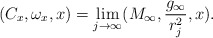
\begin{align*}(C_x,\omega_x,x)=\lim_{j\rightarrow \infty}(M_\infty,\frac{g_\infty}{r_j^2},x).\end{align*}